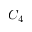
C _ { 4 }